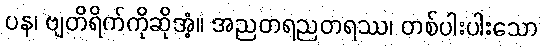
ပန၊ ဗျတိရိက်ကိုဆိုအံ့။ အညတရညတရဿ၊ တစ်ပါးပါးသော